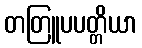
တတြူပပတ္တိယာ